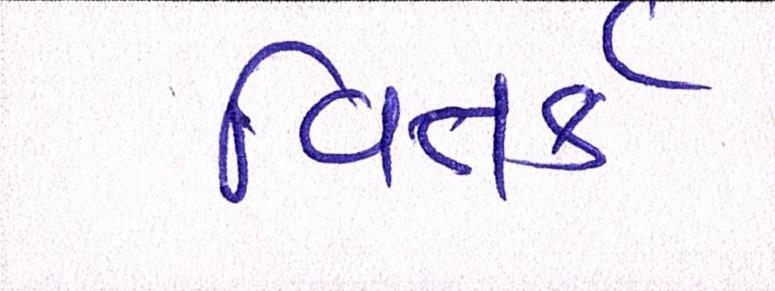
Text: વિતર્ક